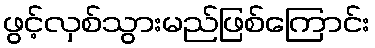
ဖွင့်လှစ်သွားမည်ဖြစ်ကြောင်း